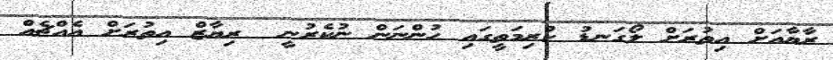
ރާޔާއަށް އިތުރަށް ލޯގަނޑު ކުރިމަތީގައި ހުންނަން ނުކެރުނީ  ރިޔާޒް އިތުރަށް އެއްޗެއް